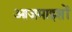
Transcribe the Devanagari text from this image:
आज़माइशों